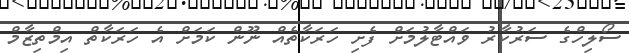
ސޯލިހްގެ ސަރުކާރު ވައްޓާލުމަށް ފެށި ހަރަކާތެއް ނޫން ކަމަށް އެ ހަރަކާތް އިމްތިޒާމް